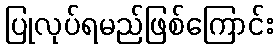
ပြုလုပ်ရမည်ဖြစ်ကြောင်း